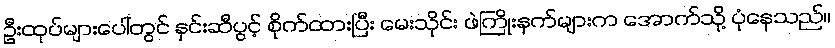
ဦးထုပ်များပေါ်တွင် နှင်းဆီပွင့် စိုက်ထားပြီး မေးသိုင်း ဖဲကြိုးနက်များက အောက်သို့ ပုံနေသည်။